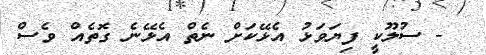
- ސުލޫކީ ފިޔަވަޅު އެޅޭކަށް ނެތް އެޅޭނެ ގޮތެއް ވެސް